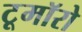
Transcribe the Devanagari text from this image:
टूमॉरो